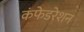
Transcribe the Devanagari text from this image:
कंफेडरेशन